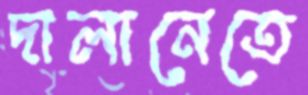
দালানেতে